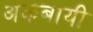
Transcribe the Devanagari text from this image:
अकबायी